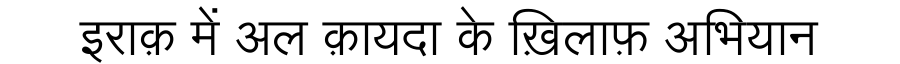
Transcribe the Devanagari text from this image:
इराक़ में अल क़ायदा के ख़िलाफ़ अभियान